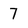
Character: 7